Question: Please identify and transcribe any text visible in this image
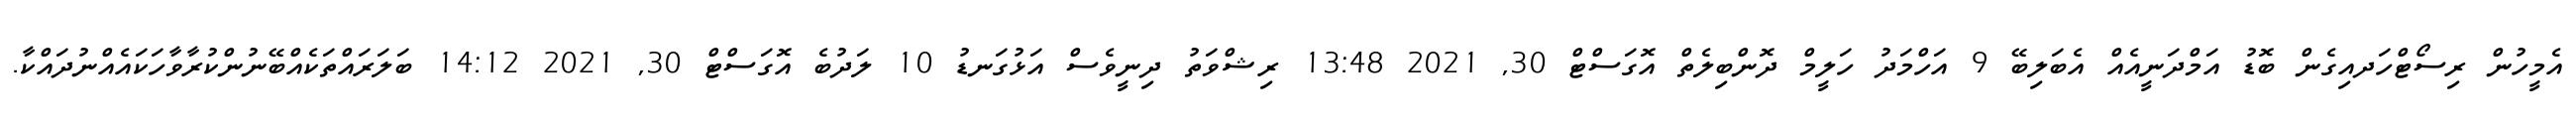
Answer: އެމީހުން ރިސޯޓްހަދއިގެން ބޮޑު އަމްދަނީއެއް އެބަލިބޭ 9 އަހްމަދު ހަލީމް ދޮންބިލެތް އޮގަސްޓް 30, 2021 13:48 ރިޝްވަތު ދިނީވެސް އަޅުގަނޑު 10 ލަދުބެ އޮގަސްޓް 30, 2021 14:12 ބަލަރައްތަކެއްބޭނުންކުރާވާހަކައެއްނުދައްކާ.